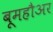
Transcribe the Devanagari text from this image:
बूमहौअर